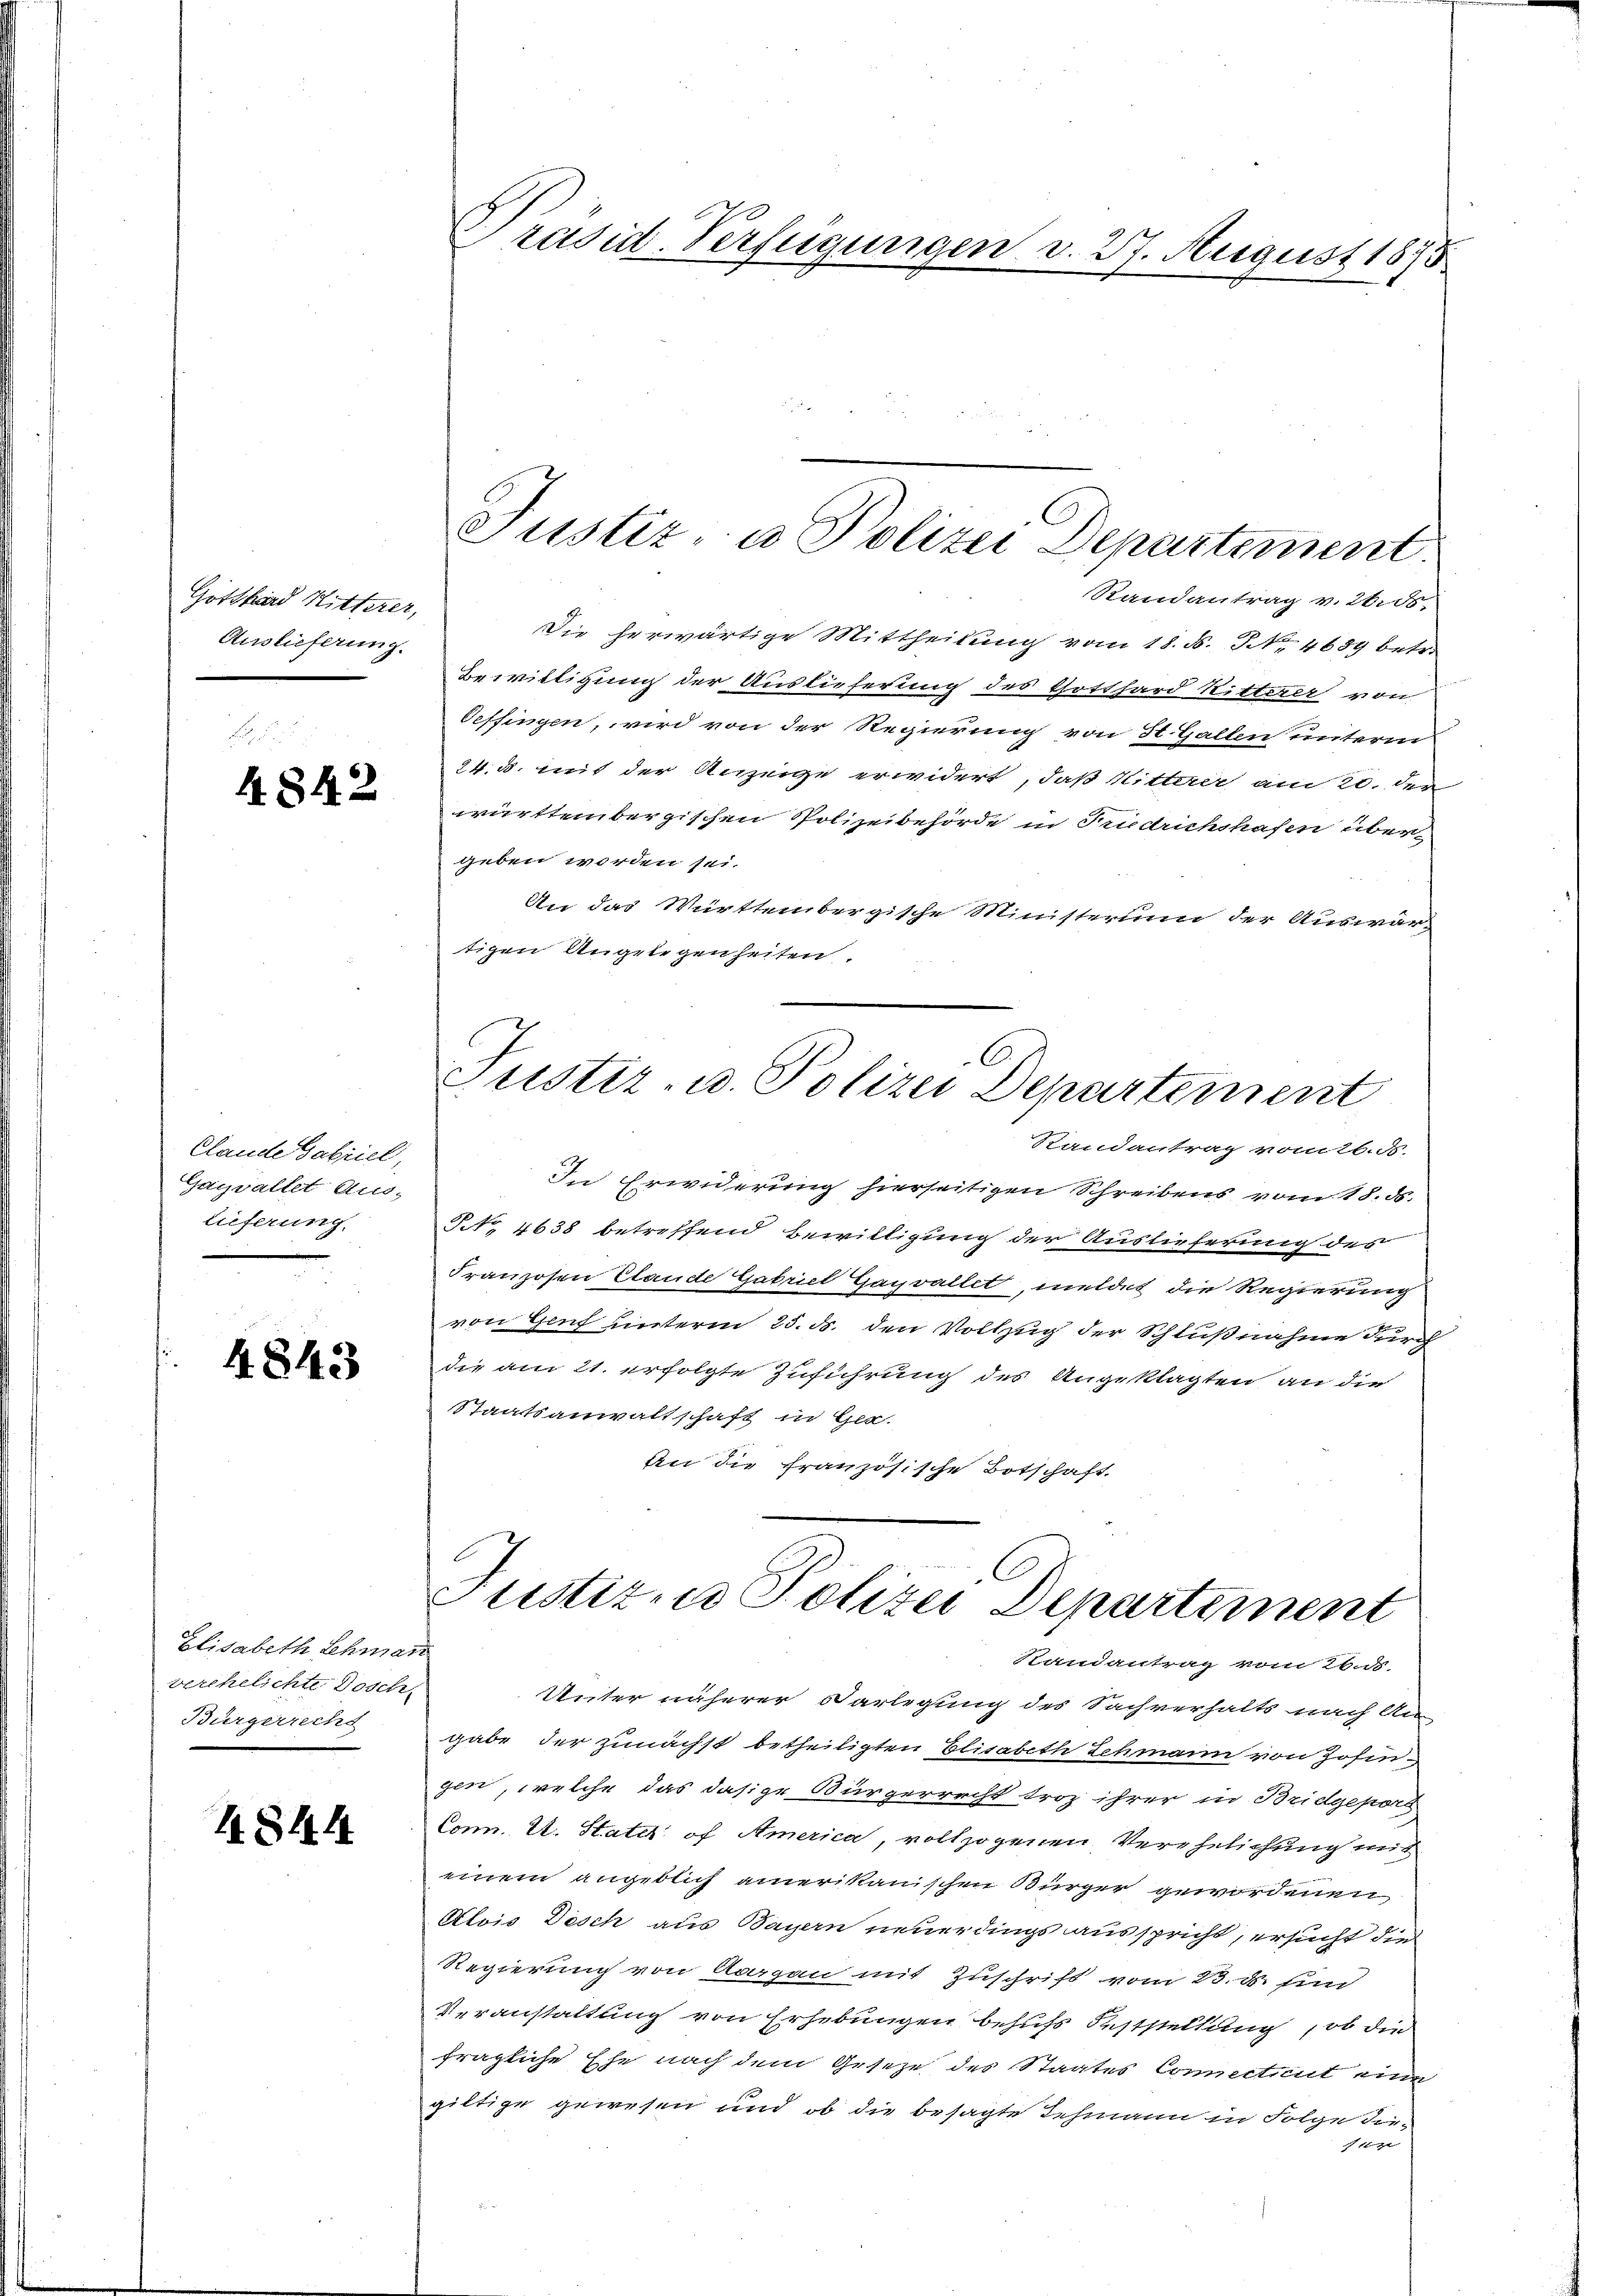
Präsid. Verfügungen v. 27. August 1875

Randantrag v. 26. ds.
Die herwärtige Mittheilung vom 18. d. S. 4689 betr.
Bewilligung der Auslieferung des Gotthard Ritterer von
Oeffingen, wird von der Regierung von St. Gallen unterren
24.3. mit der Anzeige erwidert, daß Ritterer am 20. der
württembergischen Polizeibehörde in Friedrichshafen über-
geben worden sei.
An das Württembergische Ministerum der Auswärtigen Ungelegenheiten,

Justiz- u Polizei Departement

Gotthard Ritterer,
Auslieferung.

4842

C
Justiz- u. Polizei Departement

Randantrag vom 26. ds.
In Erwiderung hierseitigen Schreibens vom 18. ds.
NNN. 4638 betreffend Bewilligung der Auslieferung des
Franzosen Elande Gabriel Gayvallet, meldet die Regierung
von Genf unterm 25. ds. den Vollzug der Schlußnahme durch
die am 21. erfolgte Zuführung des Angeklagten an die
Staatsanwaltschaft in Ger.
An die französische Botschaft.

Clande Gabriel,
Gagvallet Aus-
lieferung.

4843

Justiz- u Polizei Departement
Randantrag vom 26. ds.

Elisabeth Schman
verehelichte Dosch
Bürgerrecht

Unter näherer Darlegung des Sachverhalts nach An
gabe der zunächst betheiligten Elisabeth Schmann von Zofingen, welche das dasige Bürgerrecht troz ihrer in Bridgepors
Com. A. Statur of America, vollzogenen Verehelichung mit
einem angeblich amerikanischen Bürger gewordenen
Alois Desch aus Bayern neuerdings ausspricht, ersucht dies
Regierung von Aargau mit Zuschrift vom 23. d. Ein
Veranstaltung von Erhebungen behufs Feststellung, ob die
fragliche Ehe nach dem Geseze des Staates Connecticut eine
giltige gewesen und ob die besagte Lehmann in Folge die-
 1

4844